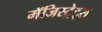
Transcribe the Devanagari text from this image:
मॅजिस्ट्रेट्स